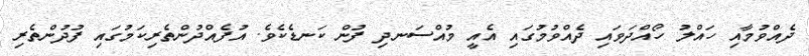
ދެއްވުމާއި ހައްލު ހޯއްދަވައި ދެއްވުމުގައި އެއީ މުއްސަނދި ފުން ކަނޑެކެވެ. އުފެއްދުންތެރިކަމުގައި ފުދުންތެރި